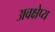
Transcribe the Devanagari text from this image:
अवक्षेप्य